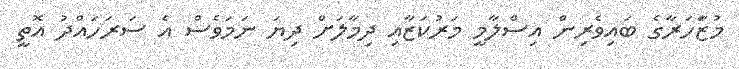
މުޒާަހަރާގެ ބައިވެރިން އިސްލާމީ މަރުކަޒާއި ދިމާލަށް ދިޔަ ނަމަވެސް އެ ސަރަހައްދު އޮތީ